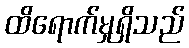
ထိရောက်မှုရှိသည်